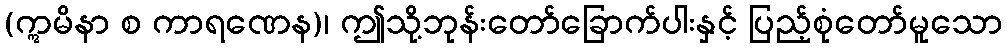
(ဣမိနာ စ ကာရဏေန)၊ ဤသို့ဘုန်းတော်ခြောက်ပါးနှင့် ပြည့်စုံတော်မူသော